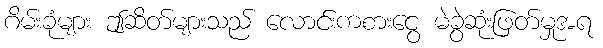
ဂိမ်းခုံများ ဤဆိတ်များသည် လောင်းကစားငွေ မဲခွဲဆုံးဖြတ်မှုအရ